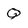
Character: Q